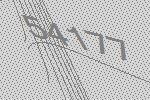
54177